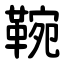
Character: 䩩